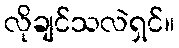
လိုချင်သလဲရှင်။